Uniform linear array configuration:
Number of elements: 24
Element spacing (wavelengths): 1
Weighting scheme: binomial
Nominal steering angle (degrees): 45
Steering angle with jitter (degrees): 43.379
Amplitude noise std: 0.05
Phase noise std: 0.05

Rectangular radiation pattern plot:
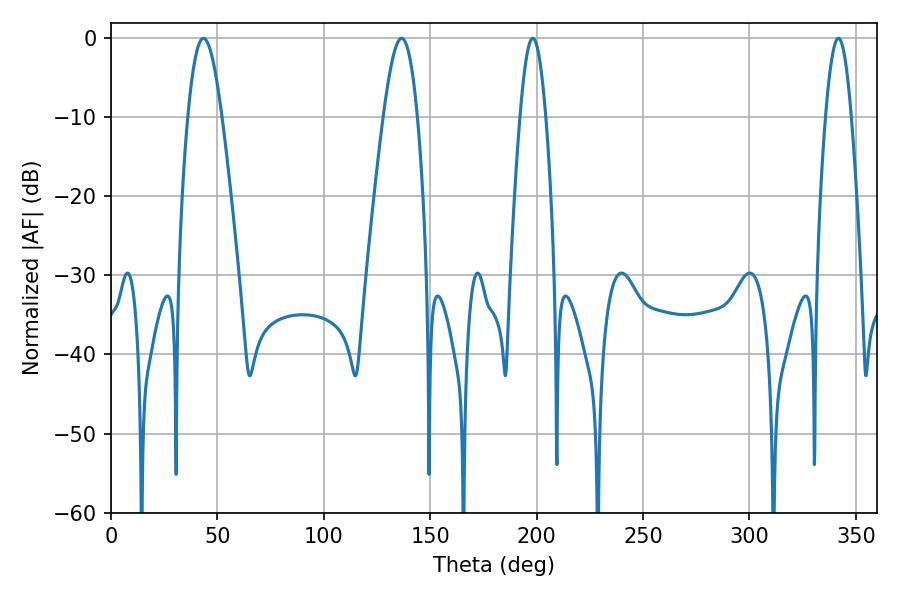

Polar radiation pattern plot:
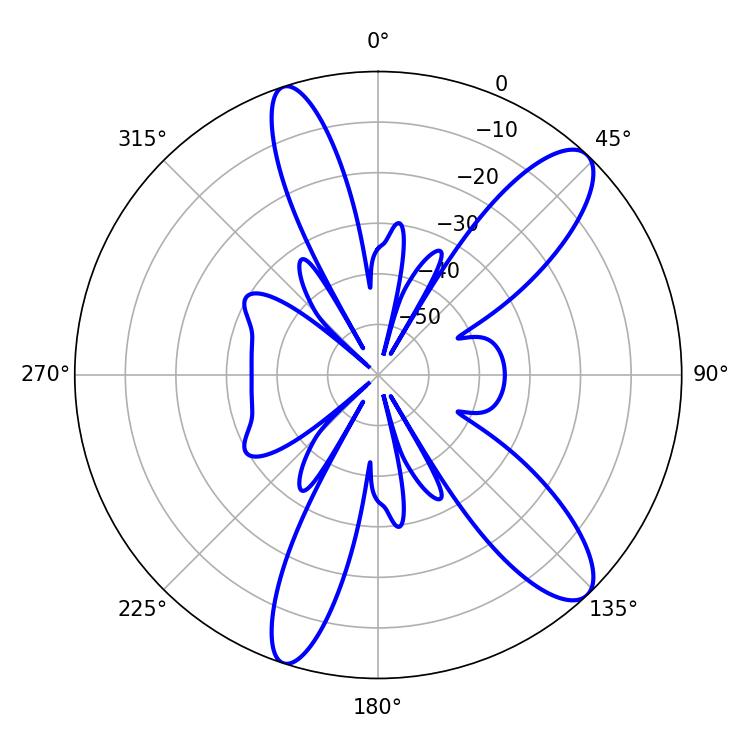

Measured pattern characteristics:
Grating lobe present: TRUE
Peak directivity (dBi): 11.283
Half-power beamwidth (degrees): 6.48
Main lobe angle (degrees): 341.82